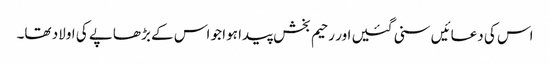
اس کی دعائیں سنی گئیں اور رحیم بخش پیدا ہوا جو اس کے بڑھاپے کی اولاد تھا۔